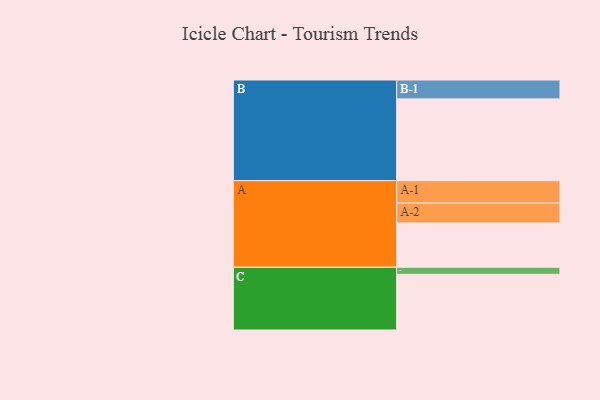
{"axis": {"x": "Segment", "y": "Value"}, "legend": ["", "A", "B", "C"], "data": [{"x": "A", "y": 312, "type": ""}, {"x": "B", "y": 576, "type": ""}, {"x": "C", "y": 392, "type": ""}, {"x": "A-1", "y": 158, "type": "A"}, {"x": "A-2", "y": 140, "type": "A"}, {"x": "B-1", "y": 133, "type": "B"}, {"x": "C-1", "y": 50, "type": "C"}]}